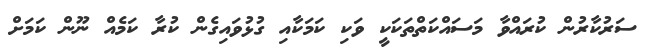
ސަރުކާރުން ކުރައްވާ މަސައްކަތްތަކަކީ ވަކި ކަަމަކާއި ގުޅުވައިގެން ކުރާ ކަމެއް ނޫން ކަމަށް